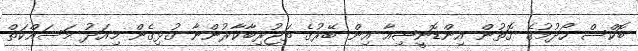
ބޮކްސް ހޯދުމުގެ ގޮތުން އިންޑޮނީޝިއާ އިން ބޭރުގެ ތަޖުރިބާކާރުންނާ ގުޅިގެން މިއަދު މަސައްކަތް